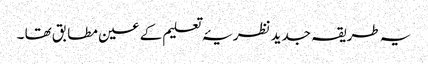
یہ طریقہ جدید نظریۂ تعلیم کے عین مطابق تھا ۔